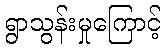
ရွာသွန်းမှုကြောင့်